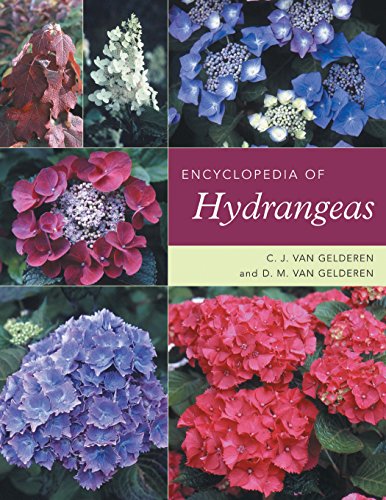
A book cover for Encyclopedia of Hydrangeas; C. J. van Gelderen; Crafts, Hobbies & Home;